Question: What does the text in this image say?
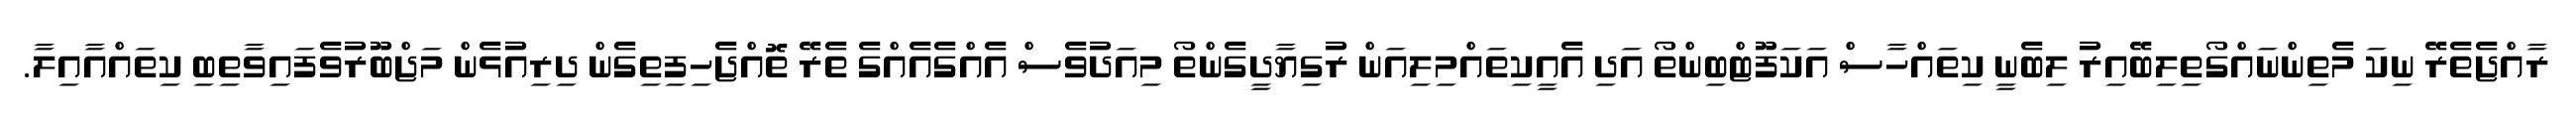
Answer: ރާއްޖެތެރޭ ނިކަ މެތިންނައްގޯތިލިބޭއިރު ލިބެނީ ކިތައްހާސް އަކަފޫޓްބިންތޯ އަދި އެއީކިތައްމިލިއަން ރުގިޔާދީގެންތޯ މިއަދުވެސް އެއްގެއެއްގެ ތެރޭ ތޮއްޖެހިފިތިގެން ދިރިއުޅެން މަޖްބޫރުވެފައިވާތިބި ކިތައްއާއިލާ.